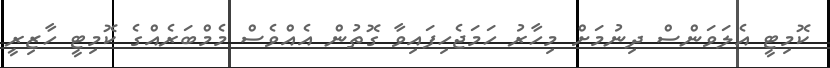
ކޮމިޓީ އެލަވަންސް ދިނުމަށް މިހާރު ހަމަޖެހިފައިވާ ގޮތުން އެއްވެސް މެމްބަރެއްގެ ކޮމިޓީ ހާޒިރީ